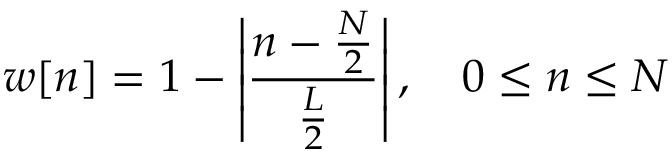
w [ n ] = 1 - \left| { \frac { n - { \frac { N } { 2 } } } { \frac { L } { 2 } } } \right| , \quad 0 \leq n \leq N